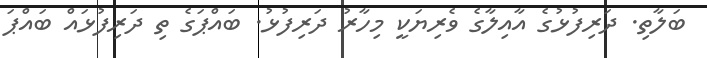
ބަލާތި. ދަރިފުޅުގެ އާއިލާގެ ވެރިޔަކީ މިހާރު ދަރިފުޅު. ބައްޕަގެ ތި ދަރިފުޅައް ބައްޕަ